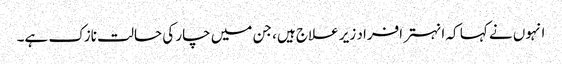
انہوں نے کہا کہ انہتر افراد زیر علاج ہیں، جن میں چار کی حالت نازک ہے۔